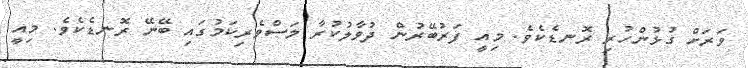
ވަރަށް ގުޅުންހުރި ރޮނޑެކެވެ. މިއީ ފަރުބޭރުން ދުވާލުކުރާ މަސްވެރިކަމުގައި ބޭނޭ ރޮނޑެކެވެ. މިއީ